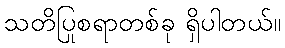
သတိပြုစရာတစ်ခု ရှိပါတယ်။